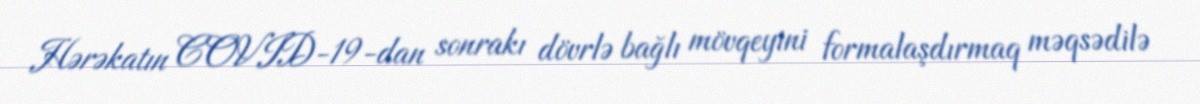
Hərəkatın COVID-19-dan sonrakı dövrlə bağlı mövqeyini formalaşdırmaq məqsədilə